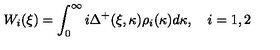
W _ { i } ( \xi ) = \int _ { 0 } ^ { \infty } i \Delta ^ { + } ( \xi , \kappa ) \rho _ { i } ( \kappa ) d \kappa , \quad i = 1 , 2